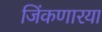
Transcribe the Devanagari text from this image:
जिंकणारया